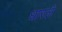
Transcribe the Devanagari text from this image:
धारले